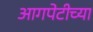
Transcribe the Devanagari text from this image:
आगपेटीच्या